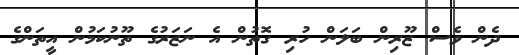
ދެން ވެސް ޒޫރިން ބަލަން ހުރި ގޮތުން އެ ނަޒަރުގެ ތޫނުކަމުން އީތަންގެ